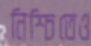
নিশ্চিতেও